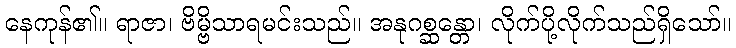
နေကုန်၏။ ရာဇာ၊ ဗိမ္ဗိသာရမင်းသည်။ အနုဂစ္ဆန္တော၊ လိုက်ပို့လိုက်သည်ရှိသော်။